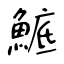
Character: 鯳